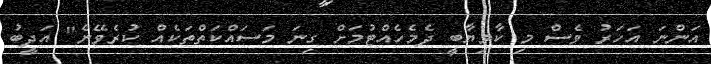
އަންނަ އަހަރު ވެސް މި ކާމިޔާބީ ދެމެހެއްޓުމަށް ގިނަ މަސައްކަތްތަކެއް ކުރެވޭނެ" އަދީބު